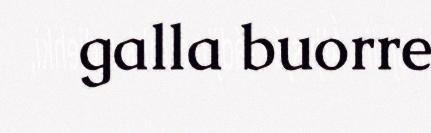
galla buorre